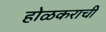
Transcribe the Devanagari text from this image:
होळकराची